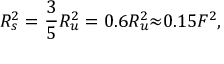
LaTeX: R _ { s } ^ { 2 } = \frac { 3 } { 5 } R _ { u } ^ { 2 } = 0 . 6 R _ { u } ^ { 2 } { \approx } 0 . 1 5 F ^ { 2 } ,